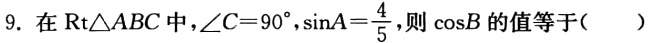
9. 在$\text{Rt}\triangle ABC$中，$\angle C = 90^{\circ}$，$\sin A=\frac{4}{5}$，则$\cos B$的值等于( )